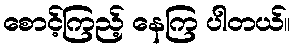
စောင့်ကြည့် နေကြ ပါတယ်။